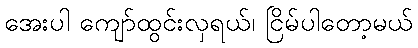
အေးပါ ကျော်ထွင်းလှရယ်၊ ငြိမ်ပါတော့မယ်